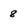
Character: 8